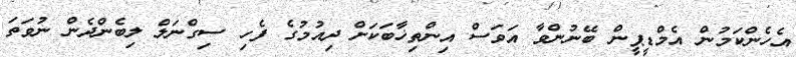
އެހެންކަމުން އެމްޑީޕީން ބޭނުންވާ އަވަސް އިންތިޚާބަކަށް ދިއުމުގެ ފެހި ސިގްނަލް ލިބެންދެން ނުވަތަ